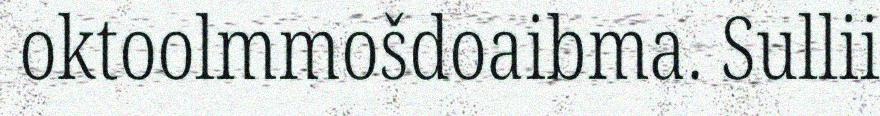
oktoolmmošdoaibma. Sullii